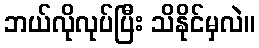
ဘယ်လိုလုပ်ပြီး သိနိုင်မှလဲ။